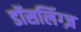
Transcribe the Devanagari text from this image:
डॉसलिंग्ज़